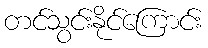
တင်သွင်းနိုင်ကြောင်း